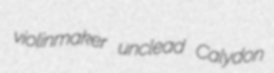
violinmaker unclead Calydon